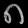
Digit: ၈